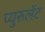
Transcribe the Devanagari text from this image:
प्युरुलेंट